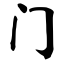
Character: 门